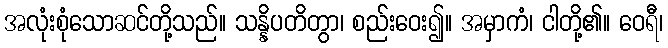
အလုံးစုံသောဆင်တို့သည်။ သန္နိပတိတွာ၊ စည်းဝေး၍။ အမှာကံ၊ ငါတို့၏။ ဝေရီ၊